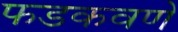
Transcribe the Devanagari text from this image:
फडकवणे